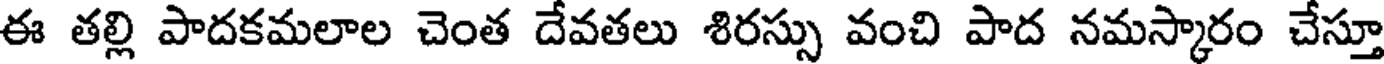
ఈ తల్లి పాదకమలాల చెంత దేవతలు శిరస్సు వంచి పాద నమస్కారం చేస్తూ